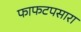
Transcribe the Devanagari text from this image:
फाफटपसारा